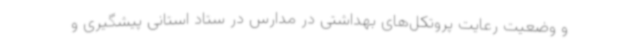
و وضعیت رعایت پروتکل‌های بهداشتی در مدارس در ستاد استانی پیشگیری و